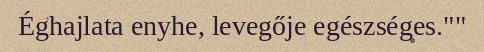
Éghajlata enyhe, levegője egészséges.""